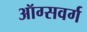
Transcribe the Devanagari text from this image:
ऑग्सवर्ग